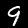
Digit: 9